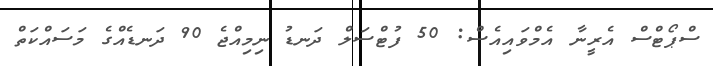
ސްޕޯޓްސް އެރީނާ އެމްވައިއެސް: 50 ފުޓްސަލް ދަނޑު ނިމިއްޖެ 90 ދަނޑެއްގެ މަސައްކަތް